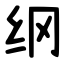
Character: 纲